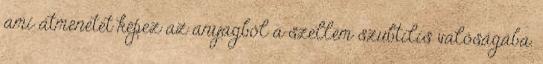
ami átmenetet képez az anyagból a szellem szubtilis valóságába.